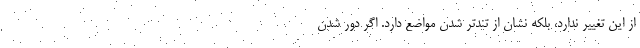
از این تغییر ندارد‌، بلکه نشان از تندتر شدن مواضع دارد. اگر دور شدن